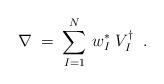
LaTeX: \begin{align*} \nabla \;=\; \sum_{I=1}^N \, w_I^* \; V_I^\dagger \;\;.\end{align*}